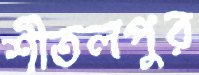
শীতলপুর